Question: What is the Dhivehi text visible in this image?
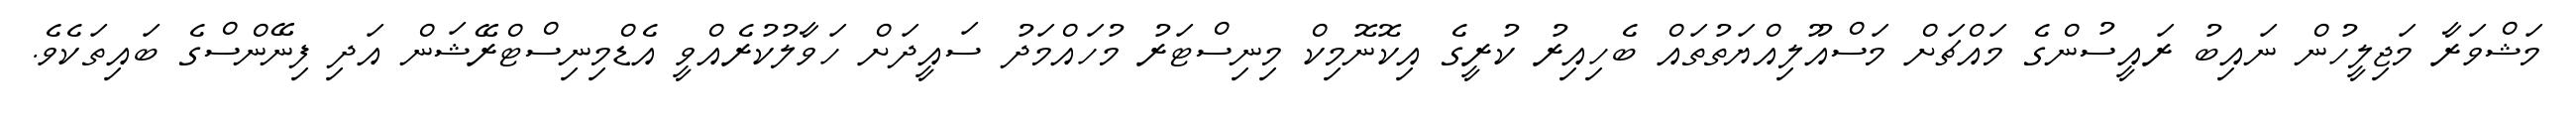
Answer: މަޝްވަރާ މަޖިލީހުން ނައިބު ރައީސުންގެ މައްޗަށް މަސްއޫލިއްޔަތުތައް ބެހިއިރު ކުރީގެ އިކޮނޮމިކް މިނިސްޓަރު މުހައްމަދު ސައީދަށް ހަވާލުކުރެއްވީ އެޑްމިނިސްޓްރޭޝަން އަދި ފިނޭންސްގެ ބައިތަކެވެ.